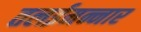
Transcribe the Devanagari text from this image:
तलईमन्नार